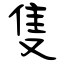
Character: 隻